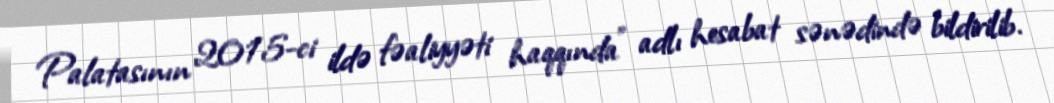
Palatasının 2015-ci ildə fəaliyyəti haqqında” adlı hesabat sənədində bildirilib.